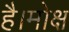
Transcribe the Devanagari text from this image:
है।मोक्ष